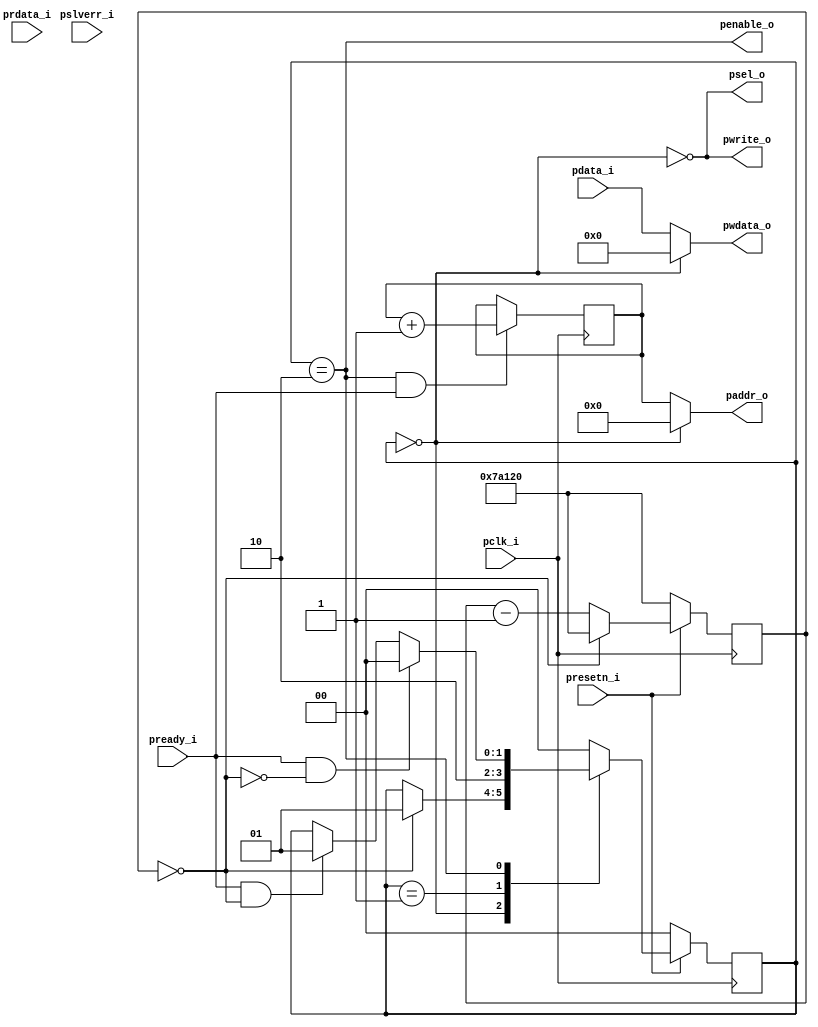

module sampler
#(parameter PERIOD=500_000)
(
input pclk_i,
input presetn_i,
input [31:0] pdata_i,
input [31:0] prdata_i,
input pready_i,
input pslverr_i,
output psel_o,
output penable_o,
output [7:0] paddr_o,
output [31:0] pwdata_o,
output pwrite_o
    );
    
    wire sample_s;
    reg [18:0] t_counter=PERIOD;
    reg [7:0] ad_counter=0;
    
    localparam idle = 2'b00;
    localparam setup = 2'b01;
    localparam transfer = 2'b10;
    
    reg [1:0] state, state_next;

    assign sample_s = (t_counter==0);
    

always@(posedge pclk_i) begin
    if(~presetn_i)begin
        state <= idle;
        t_counter<=PERIOD; 
       
        end
    else begin
            state <= state_next;
            //counter 1ms
            t_counter<=(t_counter==0)? PERIOD : t_counter-1;
         end
end

//address counter
always@(posedge pclk_i)begin
    if(state==transfer&pready_i)ad_counter<=ad_counter+1;
end

//APB master FSM
 always@(*) begin
    state_next = state;
    
    case(state)
        default: state_next = idle;
	    idle: if(sample_s) state_next=setup;
	    setup: state_next=transfer;
	    transfer: begin
	                   if(pready_i && sample_s) state_next=setup;
	                   if(pready_i && (~sample_s)) state_next=idle;
	                   
	              end
	endcase
end
//outputs
    assign psel_o = ~(state==idle) ;
    assign pwrite_o = ~(state==idle);
    assign penable_o = (state==transfer) ;
    assign paddr_o = (~(state==idle)) ? ad_counter : 0;
    assign pwdata_o = (pwrite_o) ? pdata_i : 0;
endmodule